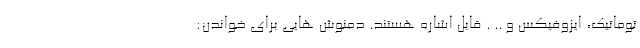
توماتیک، ایزوفیکس و .. . قابل اشاره هستند. دمنوش هایی برای خواندن: